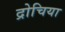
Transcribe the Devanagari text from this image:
द्रोचिया